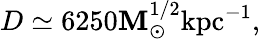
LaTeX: D\simeq6250\mathbf{M}_{\odot}^{1/2}\mathrm{{kpc}}^{-1},